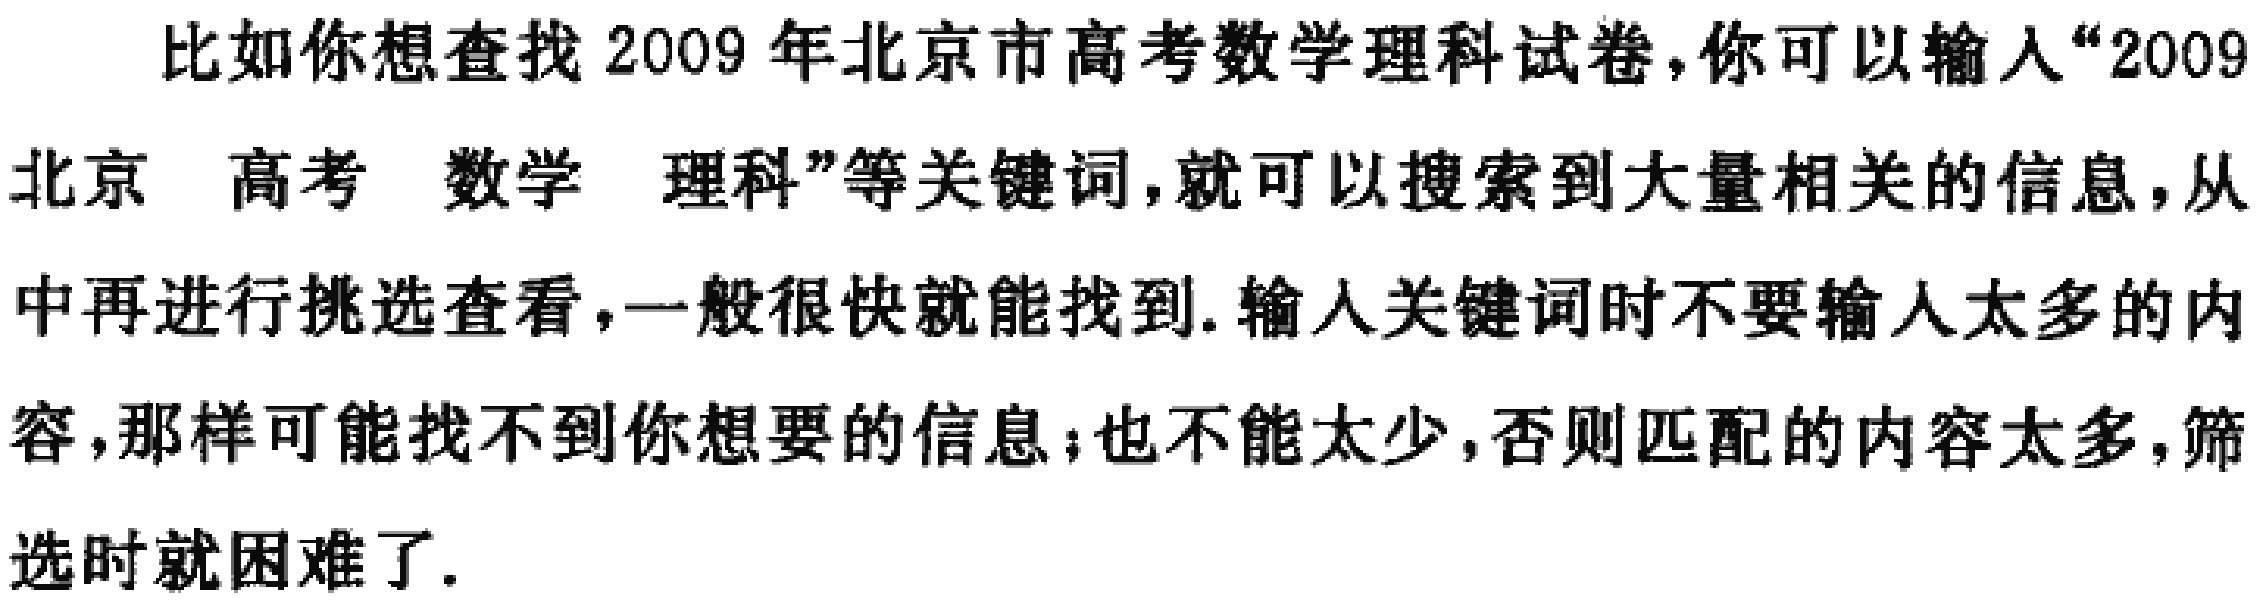
比如你想查找 2009 年北京市高考数学理科试卷，你可以输入“2009 北京 高考 数学 理科”等关键词，就可以搜索到大量相关的信息，从中再进行挑选查看，一般很快就能找到. 输入关键词时不要输入太多的内容，那样可能找不到你想要的信息；也不能太少，否则匹配的内容太多，筛选时就困难了.